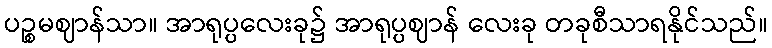
ပဉ္စမဈာန်သာ။ အာရုပ္ပလေးခု၌ အာရုပ္ပဈာန် လေးခု တခုစီသာရနိုင်သည်။